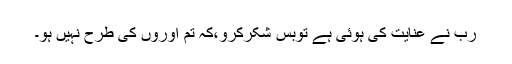
رب نے عنایت کی ہوئی ہے توبس شکرکرو،کہ تم اوروں کی طرح نہیں ہو۔